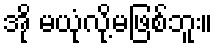
အို မယုံလို့မဖြစ်ဘူး။